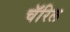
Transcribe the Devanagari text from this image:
चॅरिल